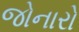
જોનારો